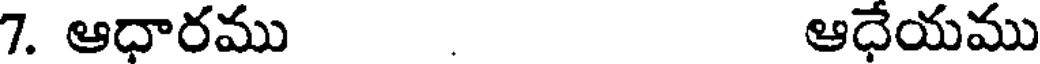
7. ఆధారము . ఆధేయము